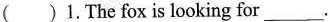
( )1.The fox is looking for___.